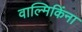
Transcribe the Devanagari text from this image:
वाल्मिकिंना